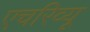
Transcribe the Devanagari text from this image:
एचरिव्यू